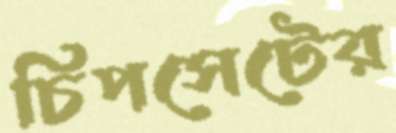
চিপসেটের